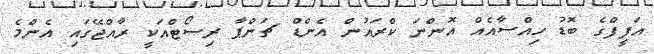
އަފީފްގެ ބޮޑު ހިއްސާއެއް އޮންނަ ކްރައުން އެންޑް ޗަންޕާ ރިސޯޓްއަކީ ރާއްޖޭގައި އެންމެ